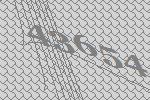
43654